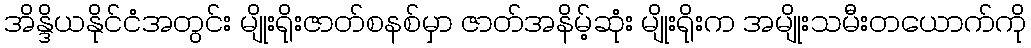
အိန္ဒိယနိုင်ငံအတွင်း မျိုးရိုးဇာတ်စနစ်မှာ ဇာတ်အနိမ့်ဆုံး မျိုးရိုးက အမျိုးသမီးတယောက်ကို